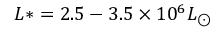
L \ast = 2 . 5 - 3 . 5 \times 1 0 ^ { 6 } L _ { \odot }